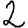
Digit: 2